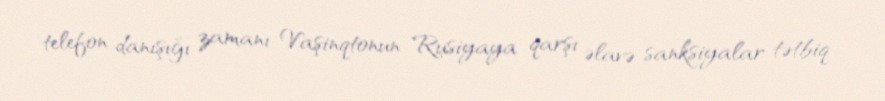
telefon danışığı zamanı Vaşinqtonun Rusiyaya qarşı əlavə sanksiyalar tətbiq